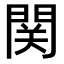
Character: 関